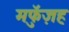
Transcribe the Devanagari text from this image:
मफुॅज़ह